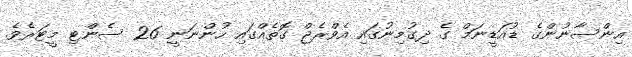
އިންސާނުންގެ ޑުއަޑީނަމް ގެ ދިގުމިނުގައި އެވްރެޖް ގޮތެއްގައި ހުންނަނީ 26 ސެންޓި މީޓަރެވެ.